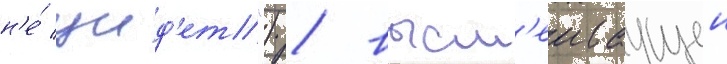
н'е́ уид'ет") / высм'еиваущеи